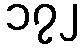
၁၇၂